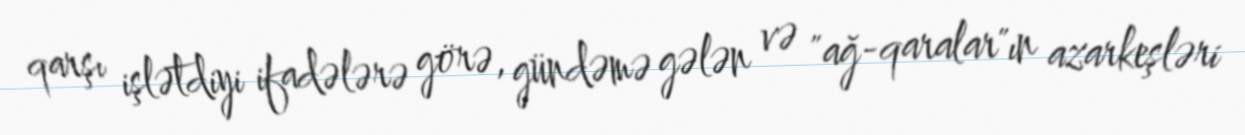
qarşı işlətdiyi ifadələrə görə, gündəmə gələn və "ağ-qaralar"ın azarkeşləri